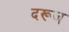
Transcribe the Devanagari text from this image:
दरूज